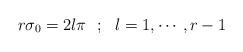
LaTeX: \begin{align*}r\sigma_0 = 2l\pi ~~ ;~~ l = 1, \cdots, r-1\end{align*}